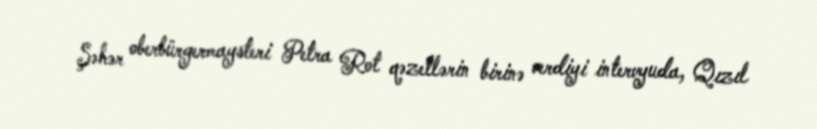
Şəhər oberbürgermaysteri Petra Rot qəzetlərin birinə verdiyi intervyuda, Qızıl